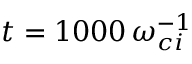
t = 1 0 0 0 \, \omega _ { c i } ^ { - 1 }